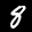
Label: 8